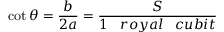
\cot { \theta } = { \frac { b } { 2 a } } = { \frac { S } { 1 \; \; \; r o y a l \; \; \; c u b i t } }